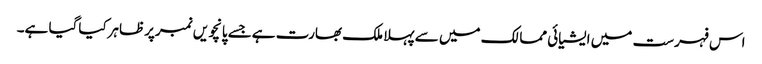
اس فہرست میں ایشیائی ممالک میں سے پہلا ملک بھارت ہےجسے پانچویں نمبرپرظاہرکیاگیا ہے۔